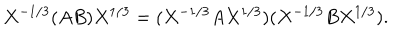
X ^ { - 1 / 3 } ( A B ) X ^ { 1 / 3 } = ( X ^ { - 1 / 3 } A X ^ { 1 / 3 } ) ( X ^ { - 1 / 3 } B X ^ { 1 / 3 } ) .